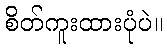
စိတ်ကူးထားပုံပဲ။